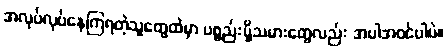
အလုပ်လုပ်နေကြရတဲ့သူတွေထဲမှာ ပစ္စည်းပို့သမားတွေလည်း အပါအဝင်ပါပဲ။